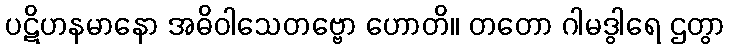
ပဋိဟနမာနော အဓိဝါသေတဗ္ဗော ဟောတိ။ တတော ဂါမဒွါရေ ဌတွာ